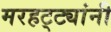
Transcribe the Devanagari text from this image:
मरहट्ट्यांनी